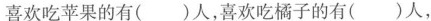
喜欢吃苹果的有()人，喜欢吃橘子的有()人，